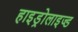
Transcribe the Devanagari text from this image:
हाइड्रोलाइज्ड